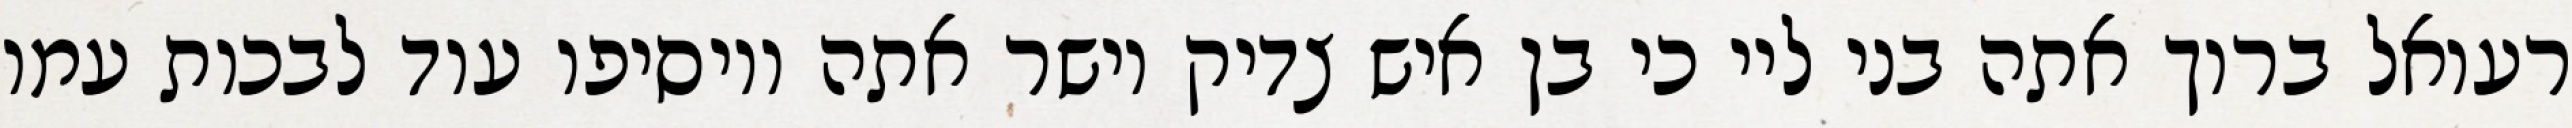
רעואל ברוך אתה בני ליי כי בן איש צדיק וישר אתה ויוסיפו עוד לבכות עמו